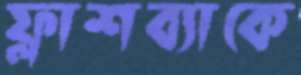
ফ্লাশব্যাকে